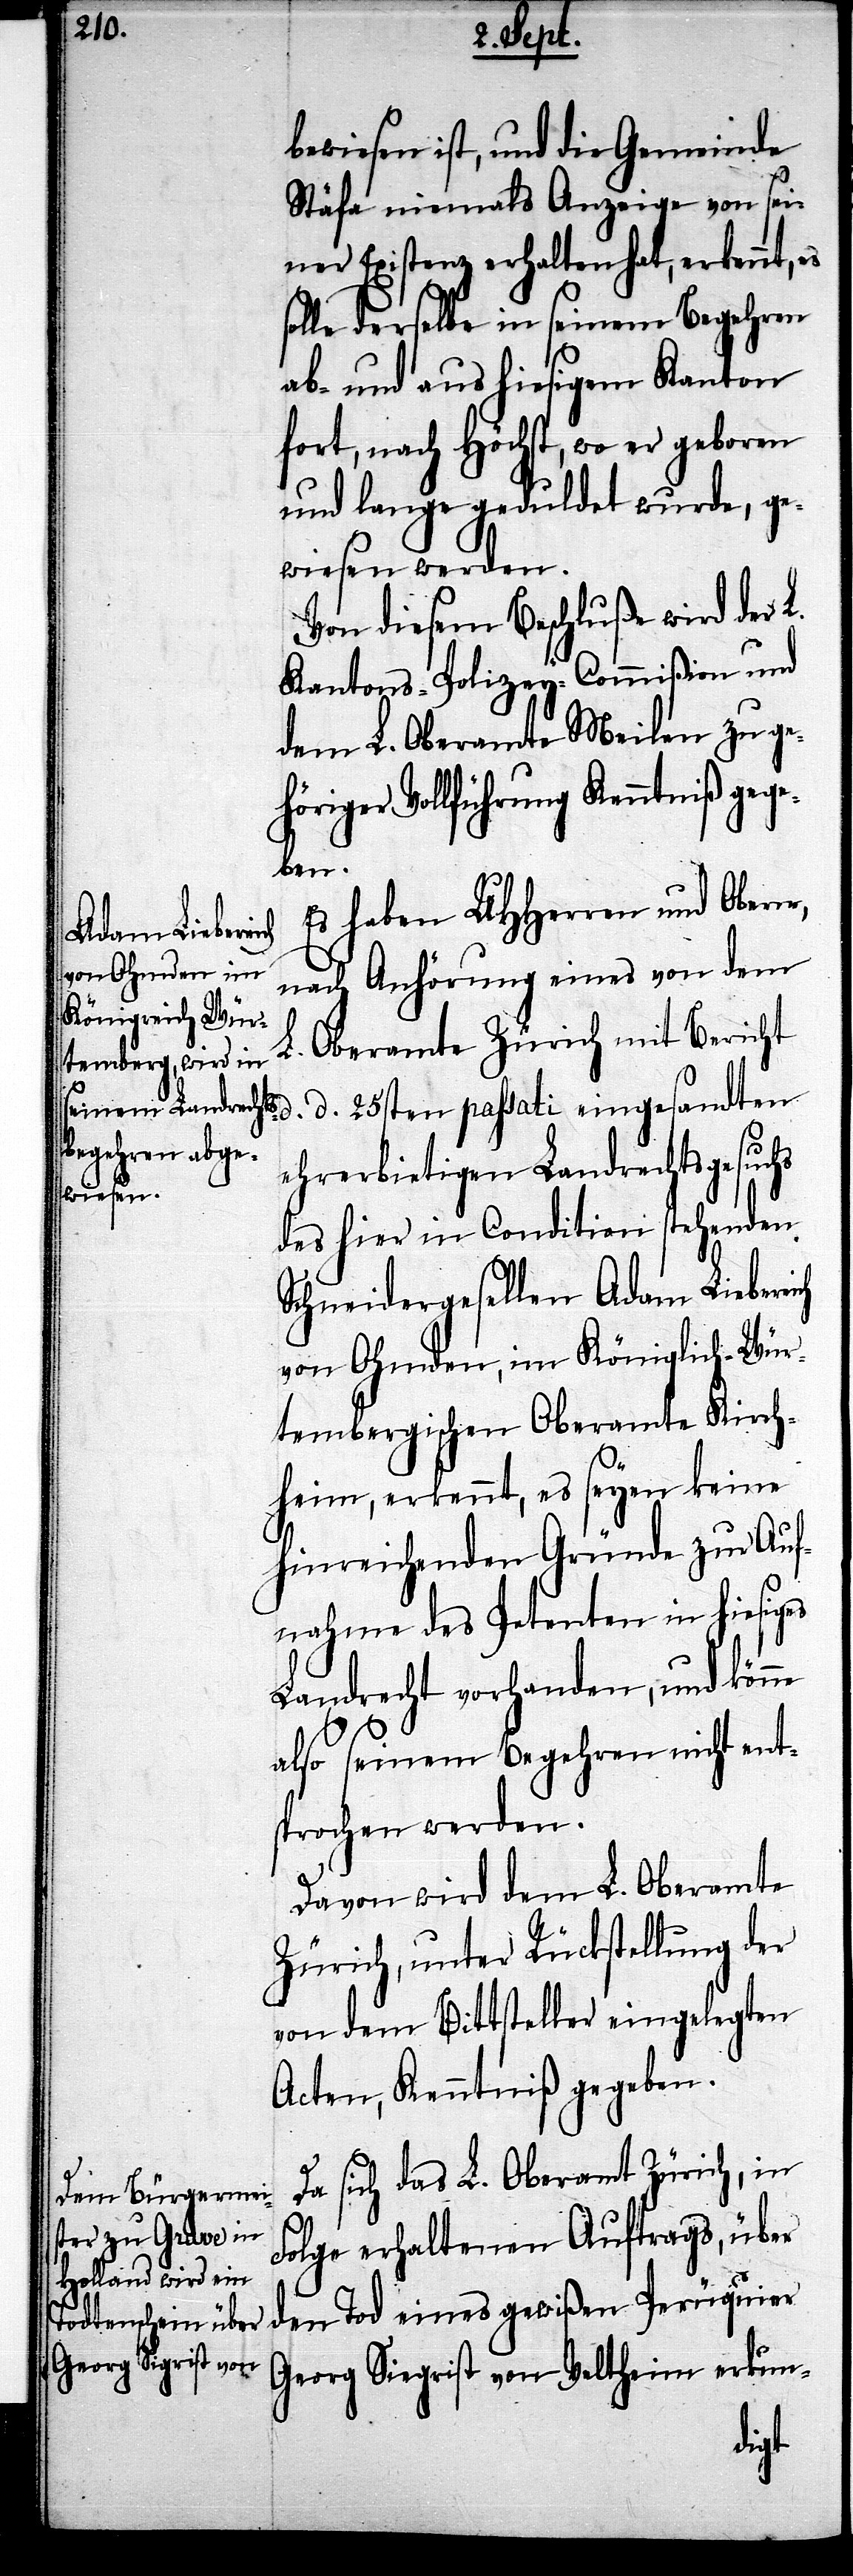
bewiesen ist, und die Gemeinde
Stäfa niemals Anzeige von sei¬
ner Existenz erhalten hat, erkennt, es
solle derselbe in seinem Begehren
ab- und aus hiesigem Kanton
fort, nach höchst, wo er geboren
und lange geduldet wurde, ge¬
wiesen werden.
Von diesem Beschluße wird der L.
Kantons-Polizey-Commißion und
dem L. Oberamte Meilen zu ge¬
höriger Vollführung Kenntniß gege¬
d. d.
Es haben UHHerren und Obern,
nach Anhörung eines von dem
L. Oberamte Zürich mit Bericht
ehrerbietigen Landrechtsgesuchs
des hier in Condition stehenden
Schneidergesellen Adam Liebreich
von Ohmden, im Königlich-Wür¬
tembergischen Oberamte Kirch¬
heim, erkennt, es seyen keine
hinreichenden Gründe zu Auf¬
nahme des Petenten in hiesiges
Landrecht vorhanden, und könne
also seinem Begehren nicht ent¬
sprochen werden.
Davon wird dem L. Oberamte
Zürich, unter Rückstellung der
von dem Bittsteller eingelegten
Acten Kenntniß gegeben.
Da sich das L. Oberamt Zürich, in
Folge erhaltenen Auftrags, über
den Tod eines gewißen Perüquier
Georg Siegrist von Veltheim erkun-